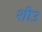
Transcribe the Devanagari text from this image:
शीउ